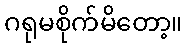
ဂရုမစိုက်မိတော့။